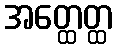
အတ္ထေတ္ထ